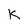
Character: K